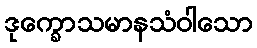
ဒုက္ခောသမာနသံဝါသော